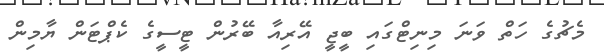
މެޗުގެ ހަތް ވަނަ މިނިޓްގައި ބީޖީ އޭރިއާ ބޭރުން ޓީސީގެ ކެޕްޓަން ޔާމިން